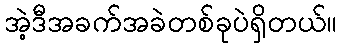
အဲ့ဒီအခက်အခဲတစ်ခုပဲရှိတယ်။